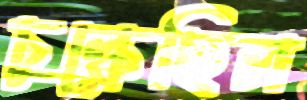
চুল্‌কেছিল